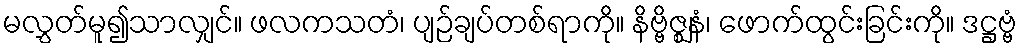
မလွှတ်မူ၍သာလျှင်။ ဖလကသတံ၊ ပျဉ်ချပ်တစ်ရာကို။ နိဗ္ဗိဇ္ဈနံ၊ ဖောက်ထွင်းခြင်းကို။ ဒဋ္ဌဗ္ဗံ